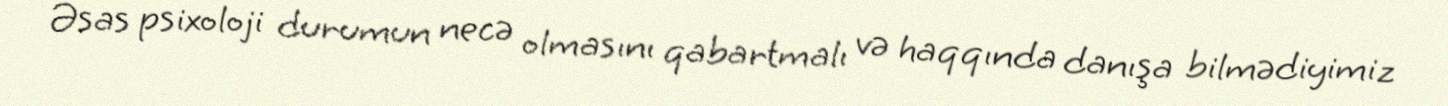
Əsas psixoloji durumun necə olmasını qabartmalı və haqqında danışa bilmədiyimiz